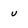
Character: u